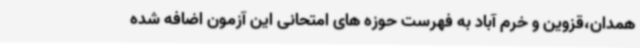
همدان،قزوین و خرم آباد به فهرست حوزه های امتحانی این آزمون اضافه شده